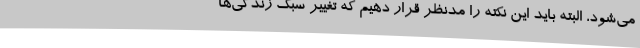
می‌شود، البته باید این نکته را مدنظر قرار دهیم که تغییر سبک زندگی‌ها